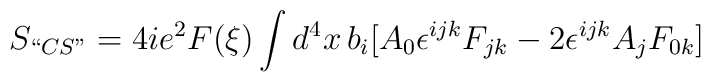
S_{``CS"}=4 i e^2 F(\xi)\int d^4x\,b_i\bigl[A_0\epsilon^{ijk}F_{jk}-2 \epsilon^{ijk}A_jF_{0k}\bigr]